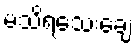
မသိရသေးချေ